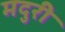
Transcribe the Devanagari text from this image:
मदुरी